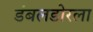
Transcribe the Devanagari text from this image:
डंबलडोरला